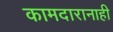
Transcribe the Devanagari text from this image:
कामदारानाही